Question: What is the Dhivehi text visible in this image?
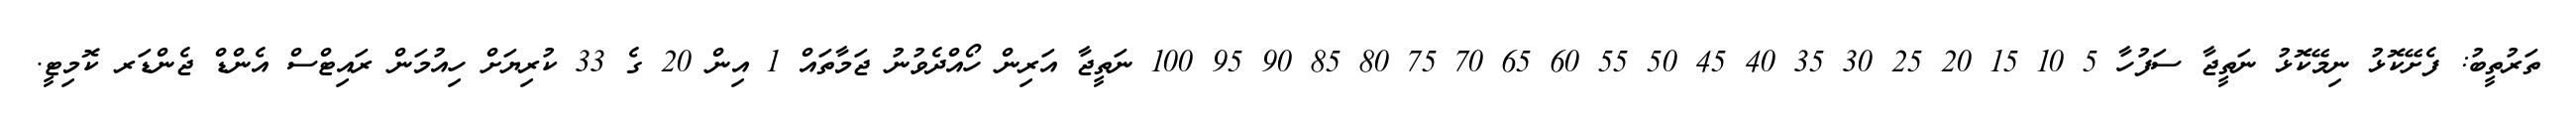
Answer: ތަރުތީބު: ފެށޭކޮޅު ނިމޭކޮޅު ނަތީޖާ ސަފުހާ 5 10 15 20 25 30 35 40 45 50 55 60 65 70 75 80 85 90 95 100 ނަތީޖާ އަރިން ހޯއްދެވުނު ޖަމާތައް 1 އިން 20 ގެ 33 ކުރިޔަށް ހިއުމަން ރައިޓްސް އެންޑް ޖެންޑަރ ކޮމިޓީ.